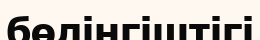
бөлінгіштігі